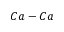
C a - C a